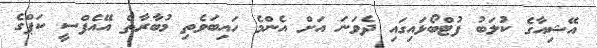
އޭޝިއާގެ ކުލަބު ފުޓްބޯޅައިގައި ދެވަނަ އަށް އެންމެ ހައިބަވެތި މުބާރާތް އޭއެފްސީ ކަޕްގެ